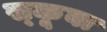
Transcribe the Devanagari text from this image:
स्‍कूबा